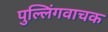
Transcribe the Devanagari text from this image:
पुल्लिंगवाचक